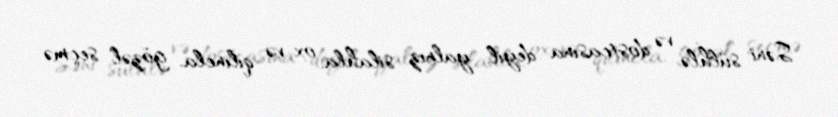
Səni sülhlə və dostcasına deyil, yalnız silahla, ox və qılıncla, gözəl seçmə